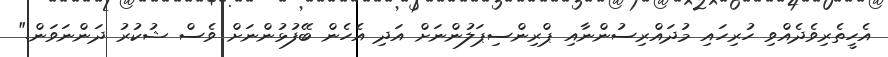
އެހީތެރިވެދެއްވި ހުރިހައި މުދައްރިސުންނާއި ޕްރިންސިޕަލުންނަށް އަދި އެހެން ބޭފުޅުންނަށް ވެސް ޝުކުރު ދަންނަވަން."